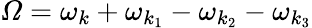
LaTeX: \varOmega=\omega_{k}+\omega_{k_{1}}-\omega_{k_{2}}-\omega_{k_{3}}